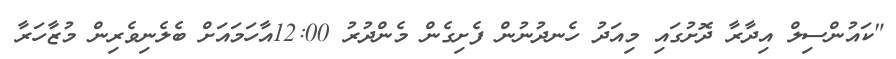
"ކައުންސިލް އިދާރާ ދޮށުގައި މިއަދު ހެނދުނުން ފެށިގެން މެންދުރު 12:00އާހަމައަށް ބެލެނިވެރިން މުޒާހަރާ